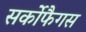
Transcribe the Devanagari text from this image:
सर्कोफैगस